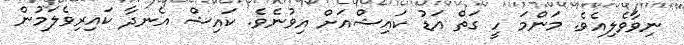
ނިވާވެލިއެވެ. މަންމަ ހީ ގަތް އަޑު ކައިޝްއަށް އިވުނެވެ. ކައިޝް އެނދާ ކައިރިވެލަމުން